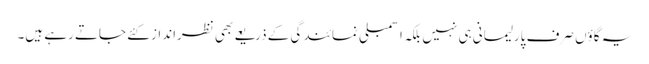
یہ گاؤں صرف پارلیمانی ہی نہیں بلکہ اسمبلی نمائندگی کے ذریعے بھی نظرانداز کئے جاتے رہے ہیں۔